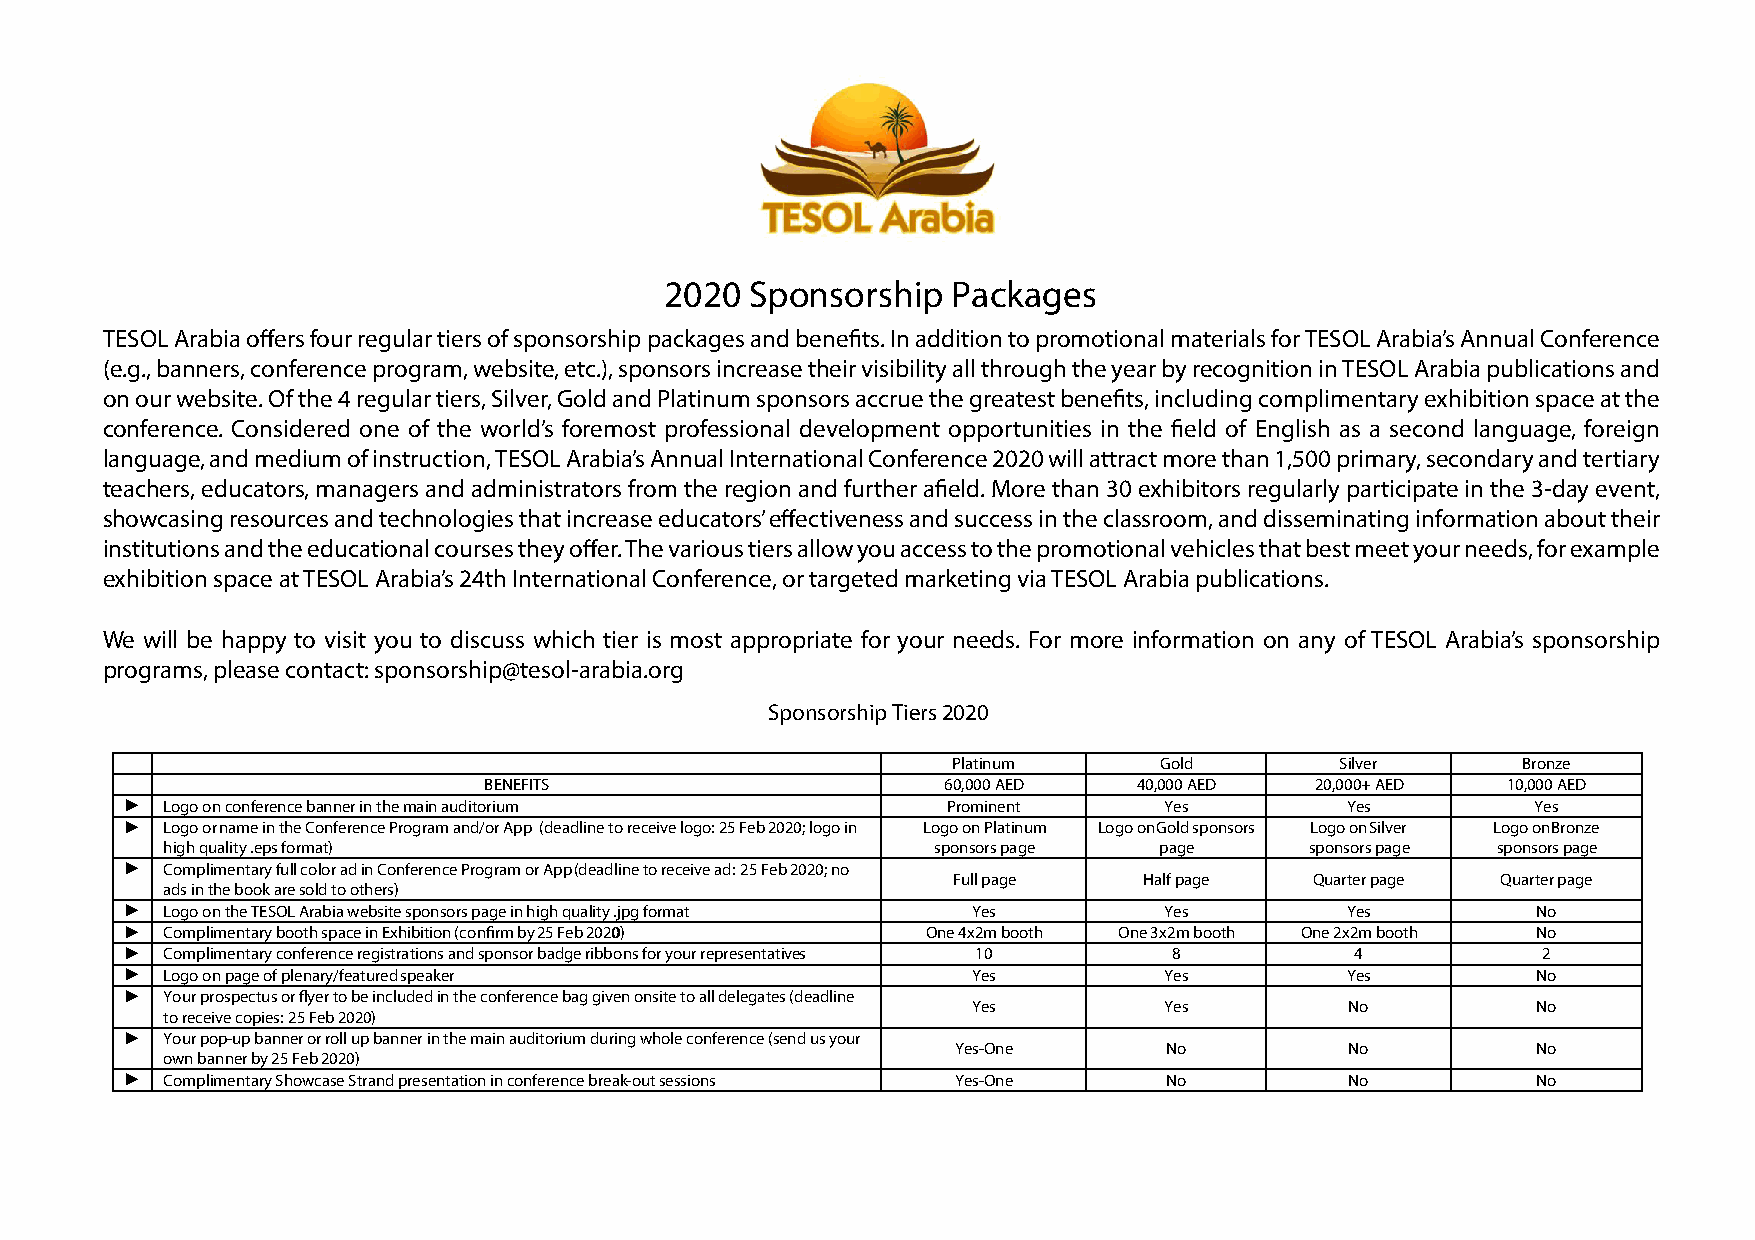
2020  Sponsorship  Packages
 TESOL Arabia offers four regular tiers of sponsorship packages and benefits. In addition to promotional materials for TESOL Arabia’s Annual Conference
 (e.g., banners, conference program, website, etc.), sponsors increase their visibility all through the year by recognition in TESOL Arabia publications and
 on our website. Of the 4 regular tiers, Silver, Gold and Platinum sponsors accrue the greatest benefits, including complimentary exhibition space at the
 conference. Considered one of the world’s foremost professional development opportunities in the field of English as a second language, foreign
 language, and medium of instruction, TESOL Arabia’s Annual International Conference 2020 will attract more than 1,500 primary, secondary and tertiary
 teachers, educators, managers and administrators from the region and further afield. More than 30 exhibitors regularly participate in the 3-day event,
 showcasing resources and technologies that increase educators’ effectiveness and success in the classroom, and disseminating information about their
 institutions and the educational courses they offer. The various tiers allow you access to the promotional vehicles that best meet your needs, for example
 exhibition space at TESOL Arabia’s 24th International Conference, or targeted marketing via TESOL Arabia publications.
 We will be happy to visit you to discuss which tier is most appropriate for your needs. For more information on any of TESOL Arabia’s sponsorship
 programs, please contact: sponsorship@tesol-arabia.org
 Sponsorship Tiers 2020
 Platinum      Gold        Silver      Bronze
 BENEFITS                      60,000 AED   40,000 AED  20,000+ AED  10,000 AED
 ►  Logo on conference banner in the main auditorium    Prominent     Yes         Yes          Yes
 ►  Logo or name in the Conference Program and/or App (deadline to receive logo: 25 Feb 2020; logo in Logo on Platinum Logo on Gold sponsors Logo on Silver Logo on Bronze
 high quality .eps format)                          sponsors page  page      sponsors page sponsors page
 ►  Complimentary full color ad in Conference Program or App (deadline to receive ad: 25 Feb 2020; no
 Full page    Half page  Quarter page Quarter page
 ads in the book are sold to others)
 ►  Logo on the TESOL Arabia website sponsors page in high quality .jpg format Yes Yes Yes     No
 ►  Complimentary booth space in Exhibition (confirm by 25 Feb 20200) One 4x2m booth One 3x2m booth One 2x2m booth No
 ►  Complimentary conference registrations and sponsor badge ribbons for your representatives 10 8 4 2
 ►  Logo on page of plenary/featured speaker             Yes          Yes         Yes          No
 ►  Your prospectus or flyer to be included in the conference bag given onsite to all delegates (deadline
 Yes          Yes         No           No
 to receive copies: 25 Feb 2020)
 ►  Your pop-up banner or roll up banner in the main auditorium during whole conference (send us your
 Yes-One       No          No           No
 own banner by 25 Feb 2020)
 ►  Complimentary Showcase Strand presentation in conference break-out sessions Yes-One No No  No